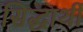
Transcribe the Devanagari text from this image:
सिद्धार्थी